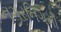
નગરનિગમો